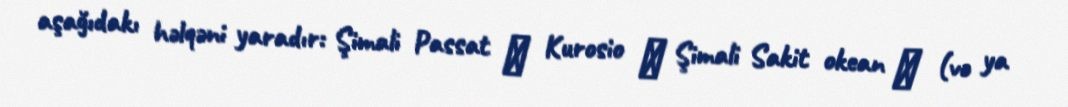
aşağıdakı həlqəni yaradır: Şimali Passat → Kurosio → Şimali Sakit okean → (və ya